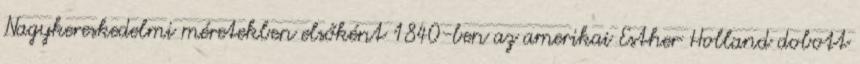
Nagykereskedelmi méretekben elsőként 1840-ben az amerikai Esther Holland dobott